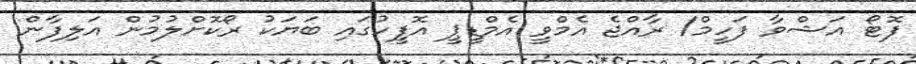
ފޮޓޯ އަޝްވާ ފަހީމް/ ރާއްޖެ އެމްވީ އެމްޑީޕީ އޮފީހުގައި ބަޔަކު ރޯކޮށްލުމުން އަލިފާން